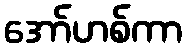
အော်ဟစ်ကာ